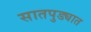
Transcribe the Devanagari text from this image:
सातपुड्यात